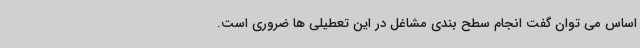
اساس می توان گفت انجام سطح بندی مشاغل در این تعطیلی ها ضروری است.